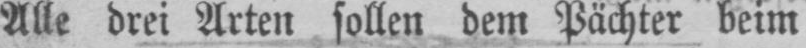
Alle drei Arten sollen dem Pächter beim